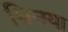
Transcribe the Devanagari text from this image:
धिनया